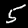
Digit: 5